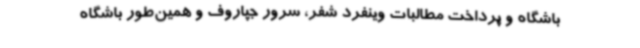
باشگاه و پرداخت مطالبات وینفرد شفر، سرور جپاروف و همین‌طور باشگاه